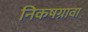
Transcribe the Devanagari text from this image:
निकषग्रावा